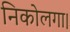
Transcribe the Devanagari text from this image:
निकोलगा।